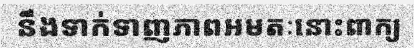
នឹងទាក់ទាញភាពអមតៈនោះពាក្យ